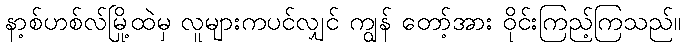
နာ့စ်ဟစ်လ်မြို့ထဲမှ လူများကပင်လျှင် ကျွန် တော့်အား ဝိုင်းကြည့်ကြသည်။